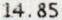
14.85